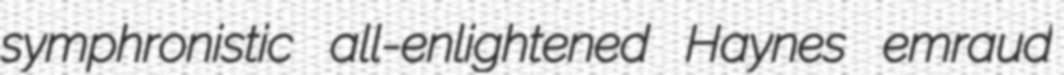
symphronistic all-enlightened Haynes emraud